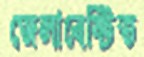
জেলাবেষ্টিত